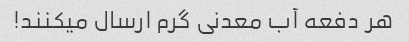
هر دفعه آب معدنى گرم ارسال میکنند!